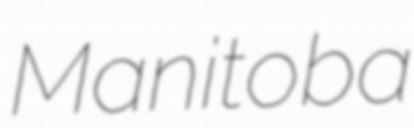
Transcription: Manitoba